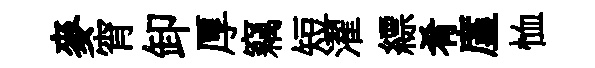
麥宵卸厚竊短濯縹肴廑恤